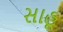
સાહૂ